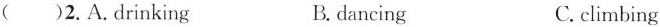
( )2.A.drinking B.dancing C.climbing